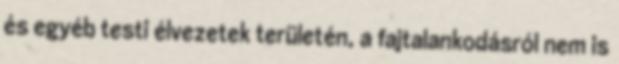
és egyéb testi élvezetek területén, a fajtalankodásról nem is